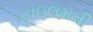
હાઇલમની